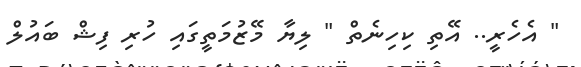
" އެހެރީ.. އޭތި ކިހިނެތް " ލިޔާ މޭޒުމަތީގައި ހުރި ފިޝް ބައުލް